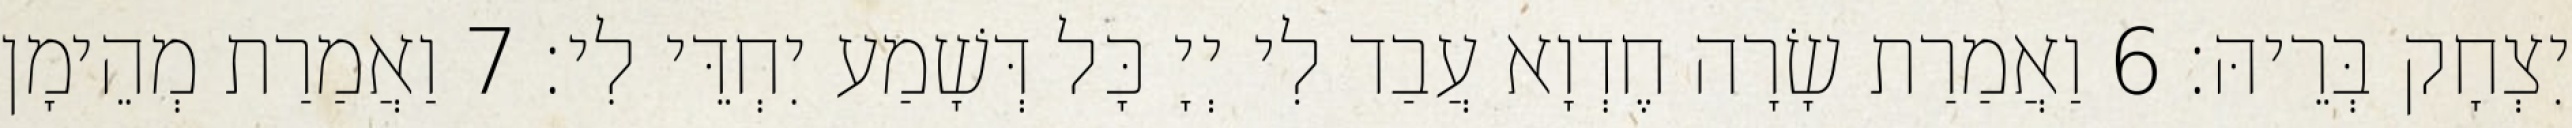
יִצְחָק בְּרֵיהּ׃ 6 וַאֲמַרַת שָׂרָה חֶדְוָא עֲבַד לִי יְיָ כָּל דְּשָׁמַע יִחְדֵּי לִי׃ 7 וַאֲמַרַת מְהֵימָן